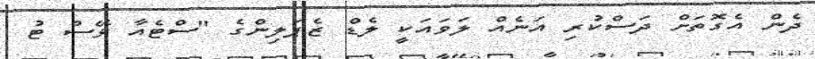
ދެން އެގޮތަށް ދަސްކުރި އަނެއް ލަވައަކީ ލެޑް ޒެޕަލިންގެ "ސްޓެއާ ވޭސް ޓު